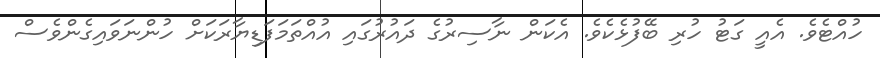
ހުއްޓެވެ. އެއީ ގަޓު ހުރި ބޭފުޅެކެވެ. އެކަން ނާސިރުގެ ދައުރުގައި އުއްތަމަފަޑިޔާރަކަށް ހުންނަވައިގެންވެސް